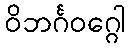
ဝိဘင်္ဂဝဂ္ဂေါ